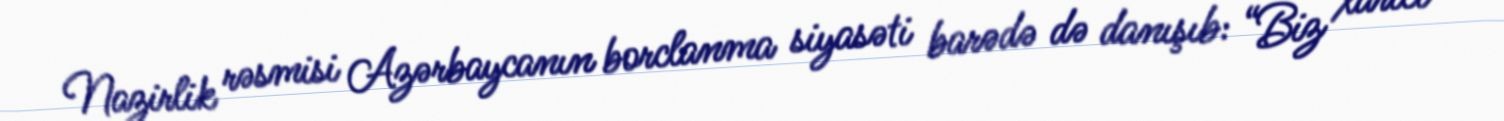
Nazirlik rəsmisi Azərbaycanın borclanma siyasəti barədə də danışıb: “Biz xarici